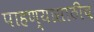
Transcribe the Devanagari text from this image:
पाहण्यासाठीच